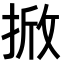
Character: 𭡓